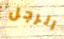
الرجل